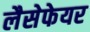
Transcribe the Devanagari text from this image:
लैसेफेयर